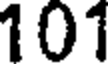
101